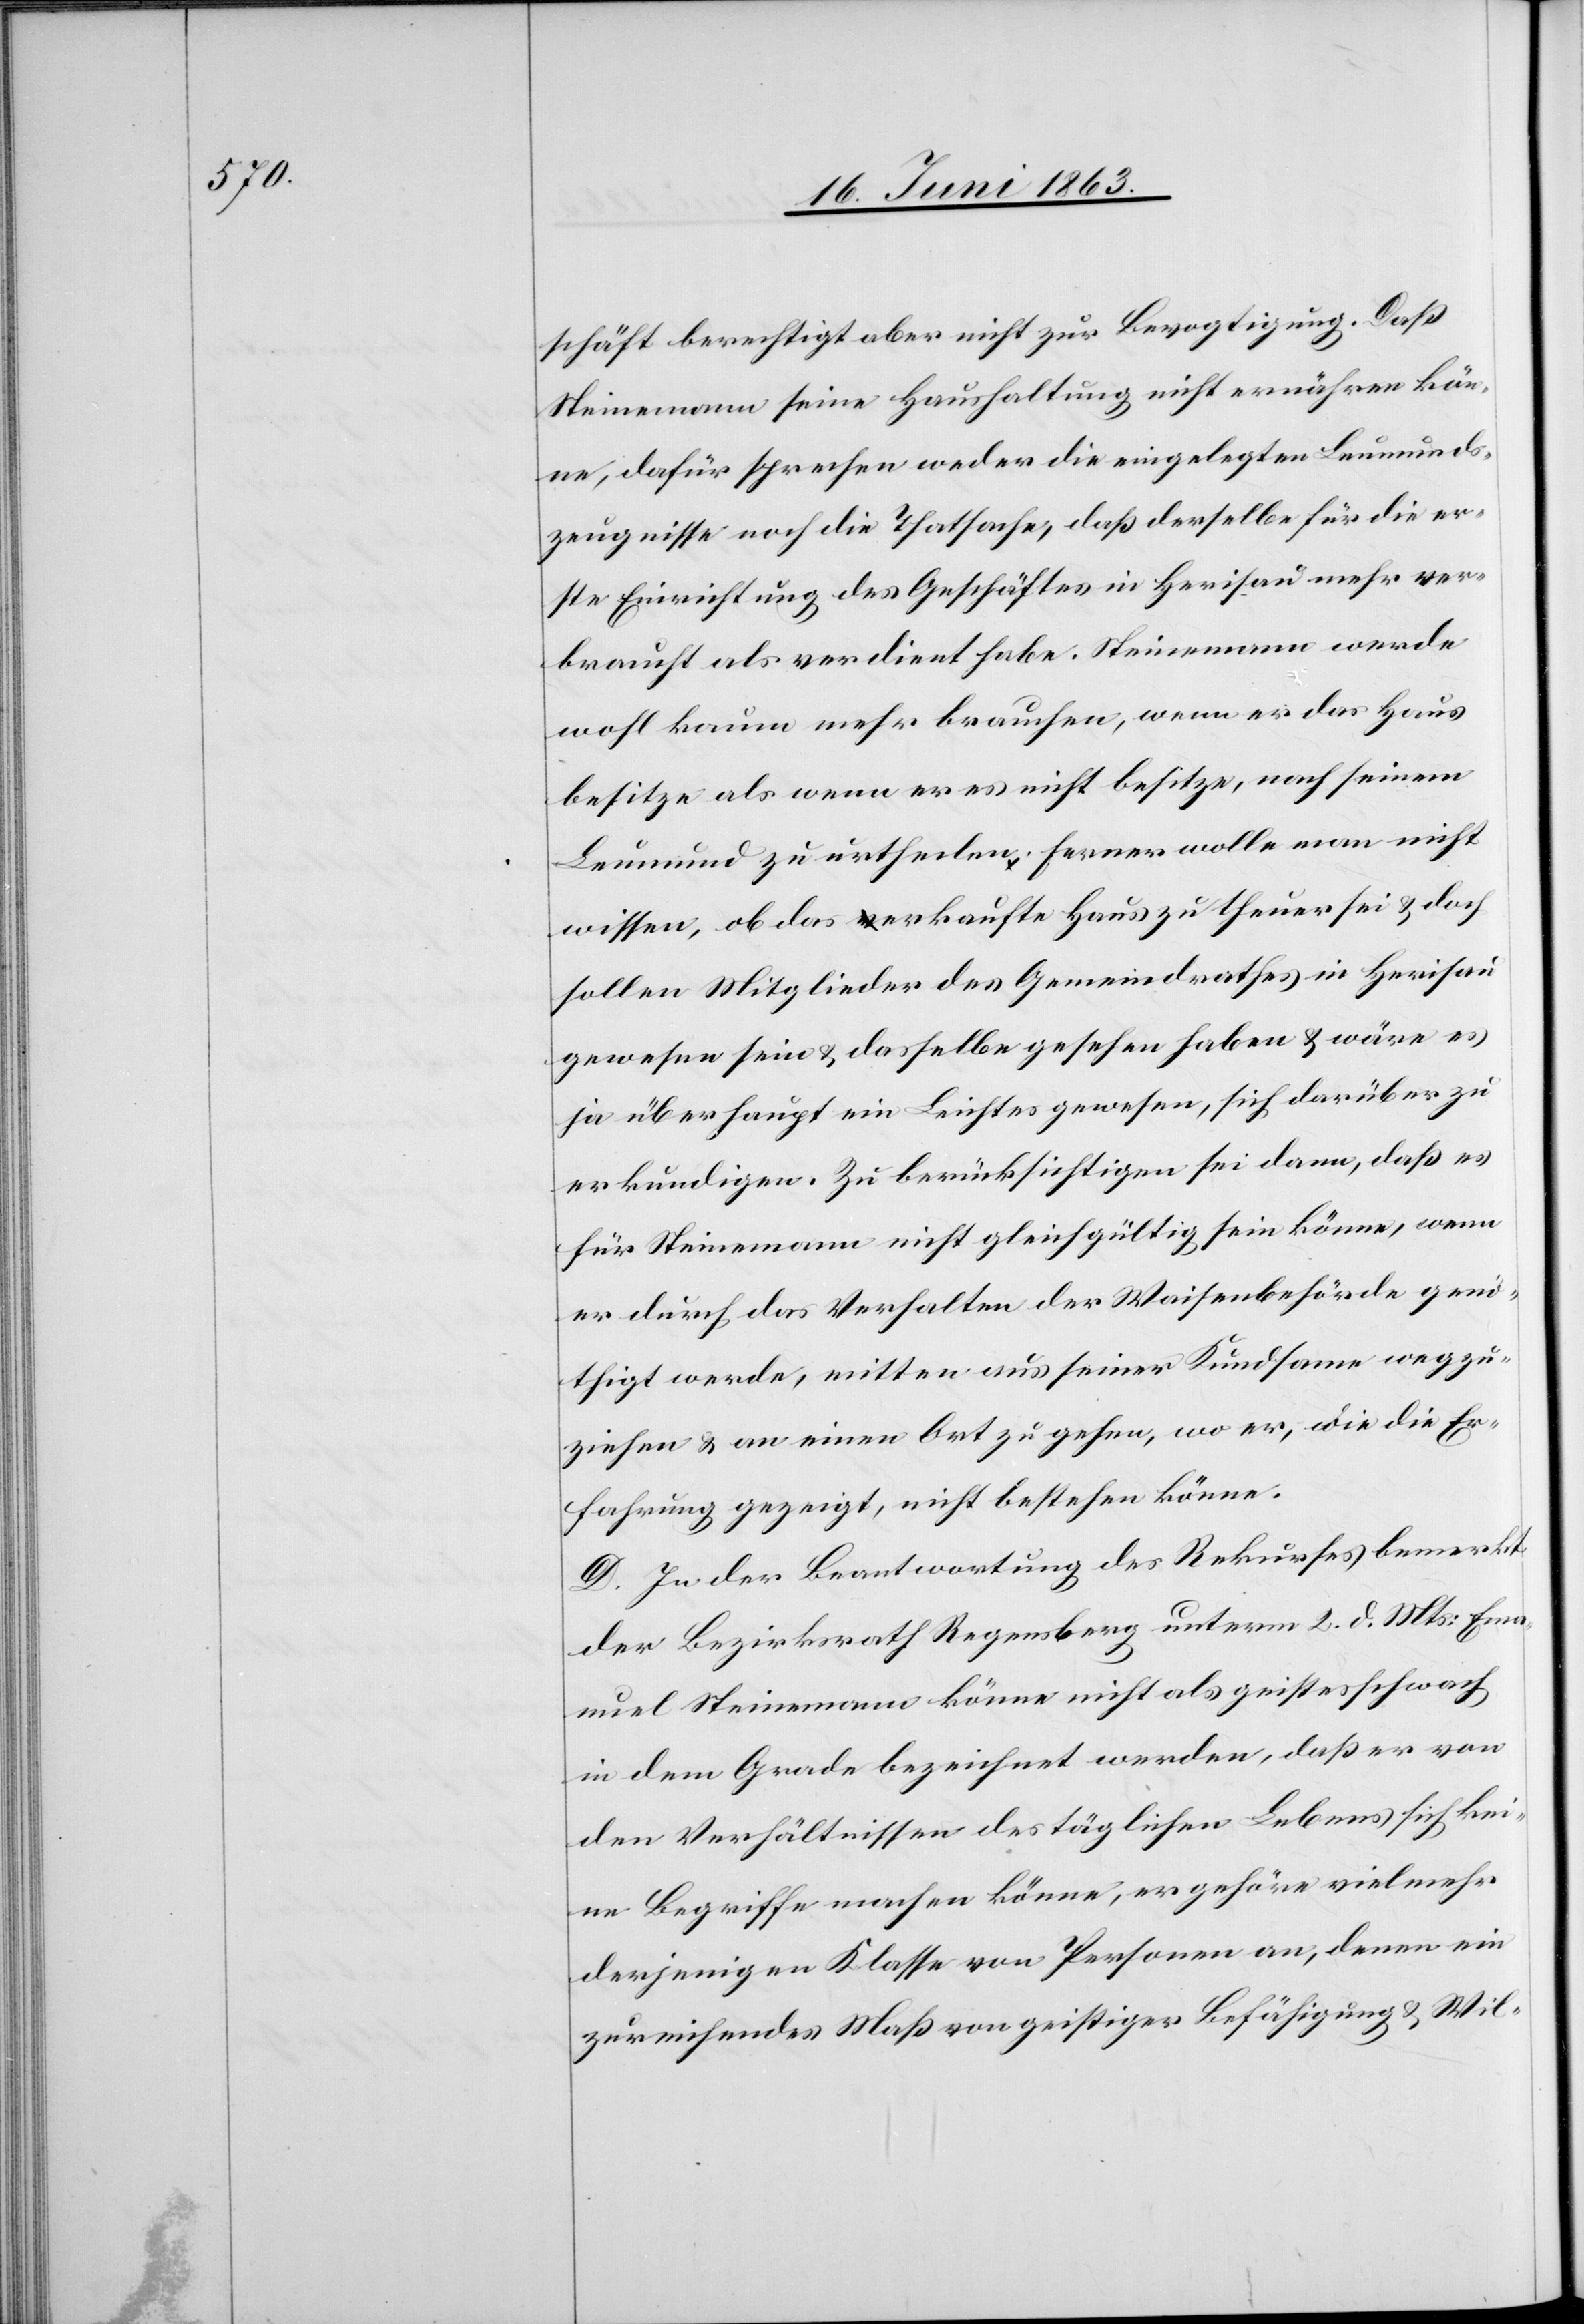
schäft berechtigt aber nicht zur Bevogtigung. Daß
Steinemann seine Haushaltung nicht ernähren kön¬
ne, dafür sprechen weder die eingelegten Leumunds¬
zeugnisse noch die Thatsache, daß derselbe für die er¬
ste Einrichtung des Geschäftes in Herisau mehr ver¬
braucht als verdient habe. Steinemann werde
wohl kaum mehr brauchen, wenn er das Haus
besitze als wenn er es nicht besitze, nach seinem
Leumund zu urtheilen. Ferner wolle man nicht
wissen, ob das erkaufte Haus zu theuer sei & doch
sollen Mitglieder des Gemeindrathes in Herisau
gewesen sein & dasselbe gesehen haben & wäre es
ja überhaupt ein Leichtes gewesen, sich darüber zu
erkundigen. Zu berücksichtigen sei dann, daß es
für Steinemann nicht gleichgültig sein könne, wenn
er durch das Verhalten der Waisenbehörde genö¬
thigt werde, mitten aus seiner Kundsame wegzu¬
ziehen & an einen Ort zu gehen, wo er, wie die Er¬
fahrung gezeigt, nicht bestehen könne.
D. In der Beantwortung des Rekurses bemerkt
der Bezirksrath Regensberg unterm 2. d. Mts: Ema¬
nuel Steinemann könne nicht als geistesschwach
in dem Grade bezeichnet werden, daß er von
den Verhältnissen des täglichen Lebens sich kei¬
ne Begriffe machen könne, er gehöre vielmehr
derjenigen Klasse von Personen an, denen ein
zureichendes Maß von geistiger Befähigung & Wil-